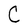
Character: C